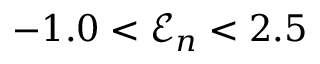
- 1 . 0 < \mathcal { E } _ { n } < 2 . 5